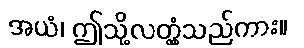
အယံ၊ ဤသို့လတ္တံ့သည်ကား။